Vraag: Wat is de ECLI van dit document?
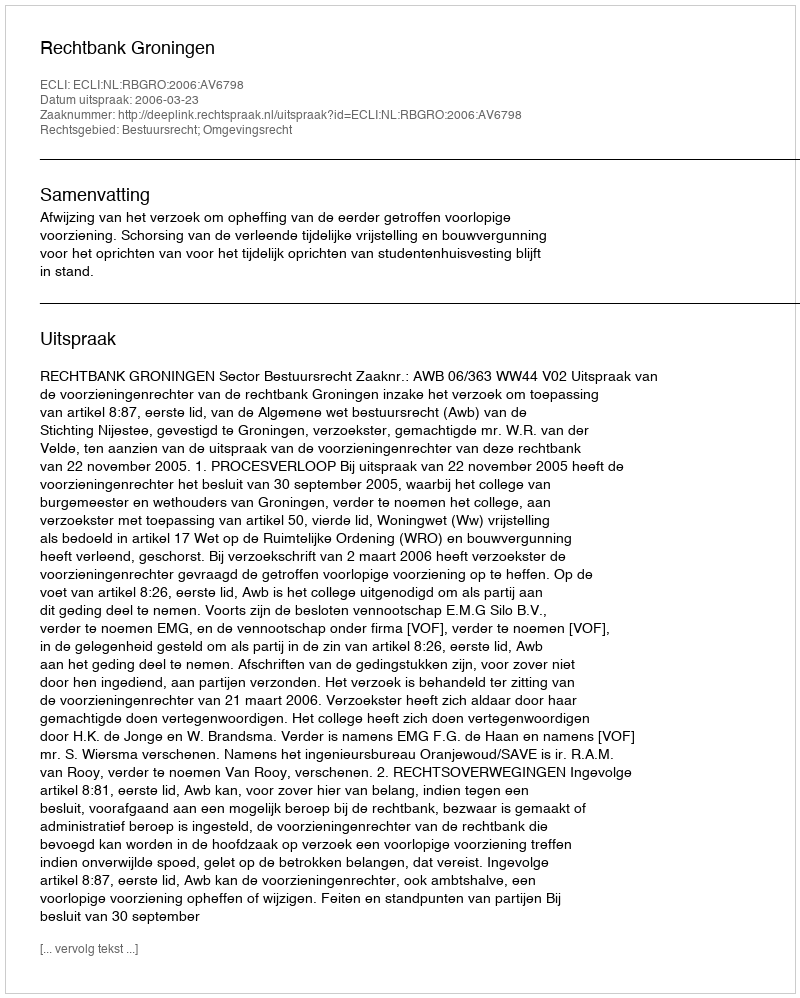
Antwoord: ECLI:NL:RBGRO:2006:AV6798